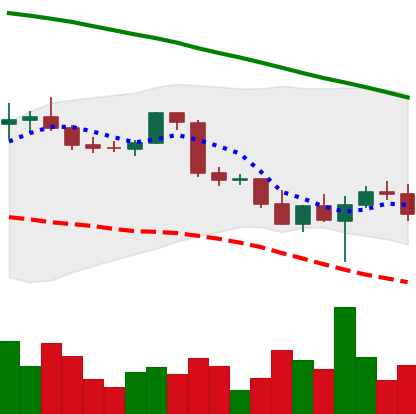
Ticker: BTC-USD
Chart end date: 2022-02-27
Forward return: 3.786%
Label: up_3_5